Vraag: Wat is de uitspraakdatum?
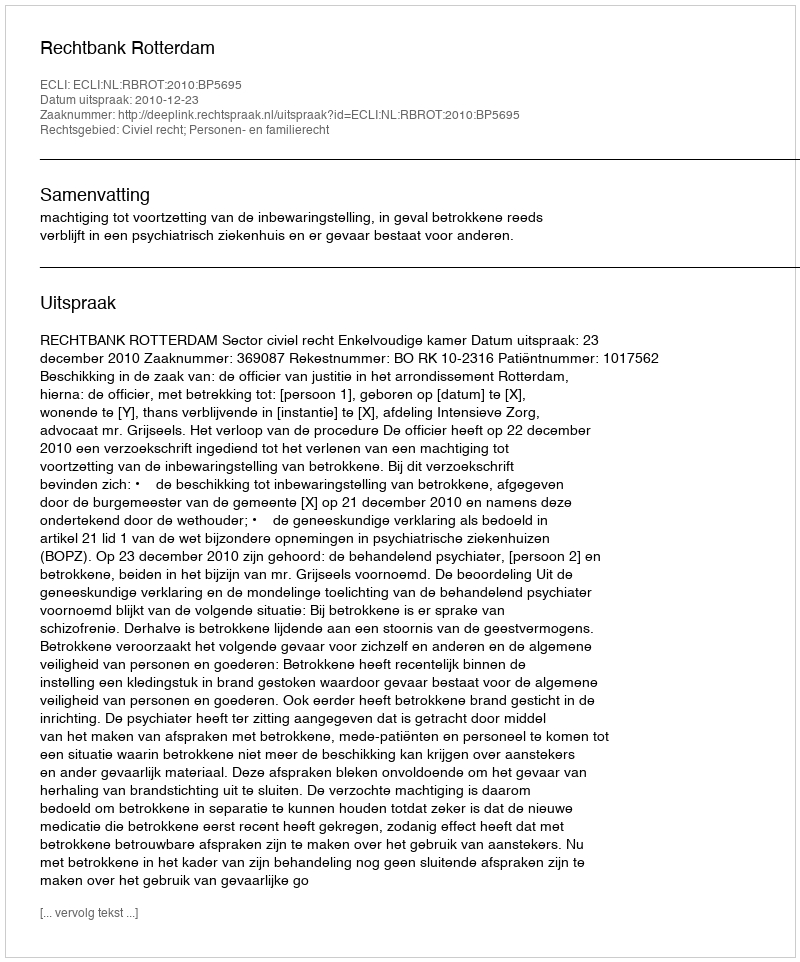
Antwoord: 2010-12-23